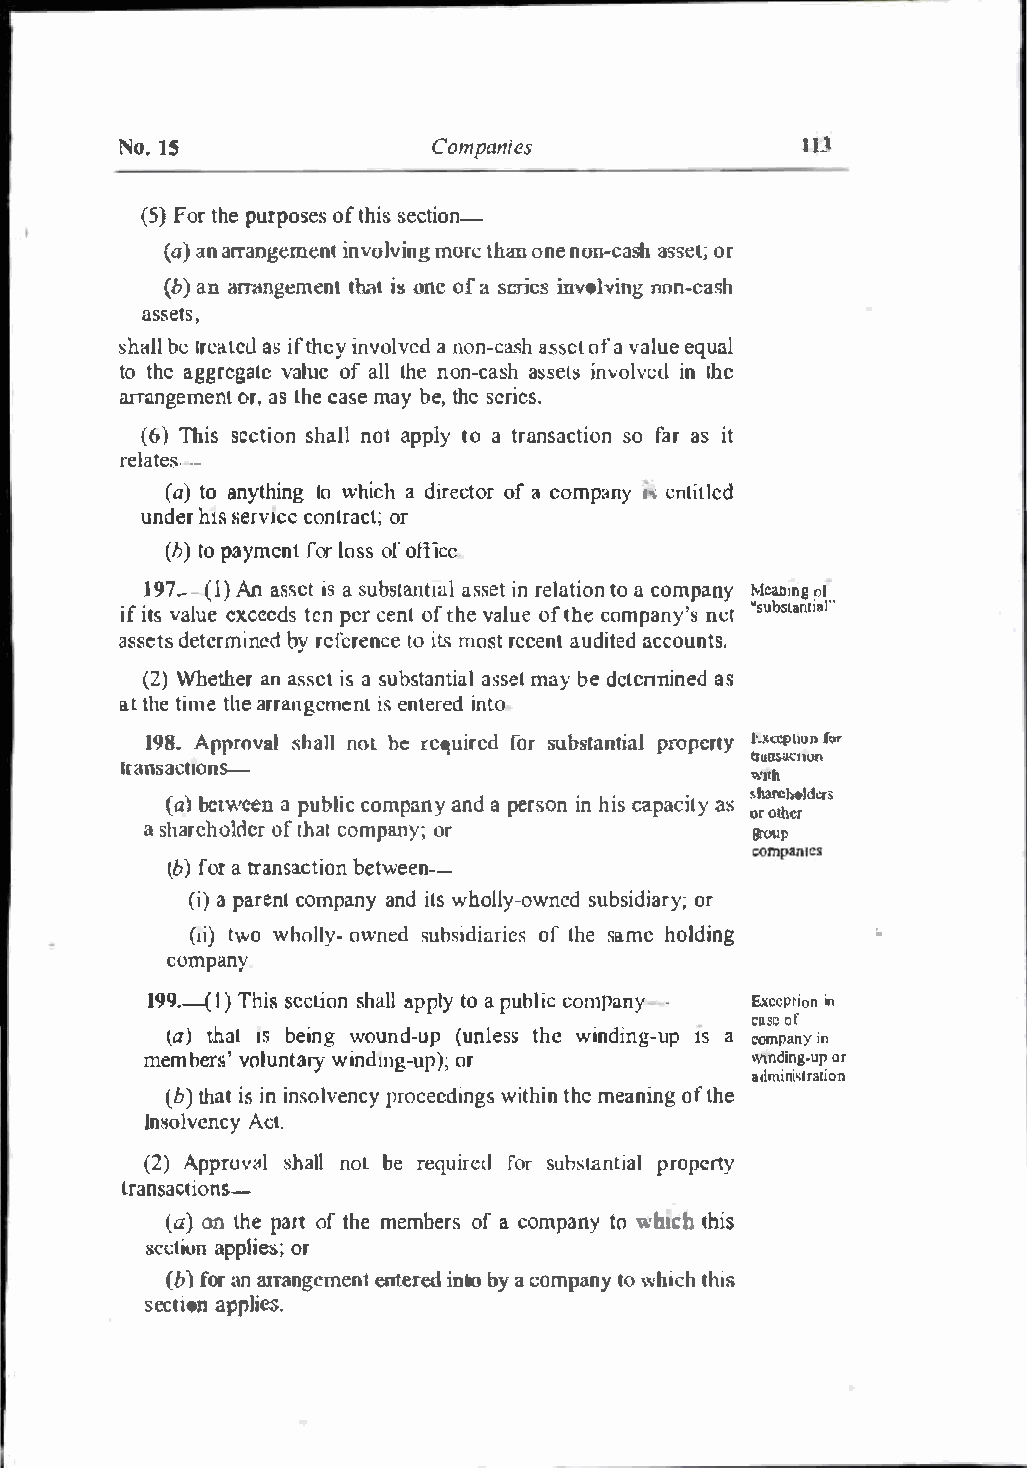
No. 15               Companies               IU
 (5F)o r ptuhrep oosfte hssi esc tion-
 (a )a na rrangeimnevnoltv miongrt eh ano neon- cnsaha sseotr;
 (ba)n arr ..m gemethantti !So neof a seriesi nvolgvn ionn-cash
 assets,
 sh<btlel lr ca.lacsui f th eyi nvolvaen do ns-hca assoefta vaelquuea l
 tot haeg gregvaatel ueal lto hfen on-caasssehit nsv olvine ldb c
 arrnngemeorna,l sL hceas em aybe ,t hsere eis
 .
 (6T)h si sectinootna psplhtyao al t lr ansascotf aria osni t
 relates.
 ·-
 (at)oa nythilnogw hicah directoro fa compa,.n.ey n titled
 undhe1rss e rvotnctracc otcr;
 (ht)op aymefnoltro sosfo ft'icc
 J 97(-1 A)n asseitas s ubstaanstswerlte liantt oai c oonm paMneanym go l
 iifst v alueex ceteedpnesr c enotf tvhaleou fte h ceom pany'sn et' 'subsntrai�l"
 assedtetsrem inedb yr eefrence toi l<>m ostre centa udiatcecdo unts.
 (2Wh) ethrea na sseitsa s ubstaasnsettmi aay lb dec tcnnianesil
 atth et imteha er rangicesmne tnelrie ndt o
 198A.p provals halnlo th er equirfoerd s ubstantpiroaple rtyJ� ltpC:iC!UfOl >l'
 trunsac11on
 1ransact1onS-
 WJtfl
 (a)b ct\vcaep nub lciocm paannyda persoinnh icsa paictays s orb oare thh<>l erd crs
 as harehooftl hdcaeoirmp an y;o r       group
 (bf)o artr ansa.ctbieotnw-e -en
 (ia)p a recnto mpaannydit sw hol-olwynesdu bsidioarr y;
 (1tiw)o w holloyw-neds ubsidiaorfti heess ameh olding ..
 company
 199.1-(T) h isesct oins hall atpoapp lubyl icc opmayn Exceptiionn
 CPSCo f
 (ath)a t1 sb enig woudn-u(pu nltehsews i ndin1gs-a u �p mp anyin
 member 's volunwtinadmryg -up)o;r       wmding-ourp
 allmini�lr3rion
 (bt)h ait sin i nsolvproecneecdinyg wsi thtihmene anionftg h e
 InsolvAectn.c y
 (2)A pprvoals hanloltb e reqiuredfo rs uhst.anptrioaple rty
 transactions.-
 (aon) thep arotft hmee mbeorfas c ompatnouy i m:th his
 sectiaopnp lio�r;
 (bf)o ra na rrangeemnteenrteid n tob ya c ompatnow yh itchhi s
 section applies.